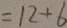
= 1 2 + 6